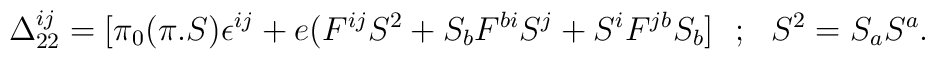
\Delta ^{ij}_{22}=[\pi _0(\pi .S)\epsilon ^{ij}+e(F^{ij}S^2+S_bF^{bi}S^j+S^iF^{jb}S_b]~~;~~S^2=S_aS^a .